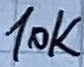
Text: 10K